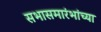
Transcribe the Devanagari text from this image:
सभासमारंभांच्या